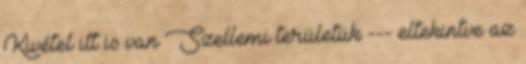
Kivétel itt is van Szellemi területük --- eltekintve az